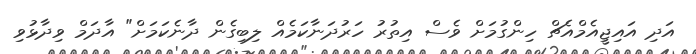
އަދި އައިޖީއެމްއެޗް ހިންގުމަށް ވެސް އިތުރު ހަރުދަނާކަމެއް ލިބިގެން ދާނެކަމަށް" އާދަމް ވިދާޅުވި